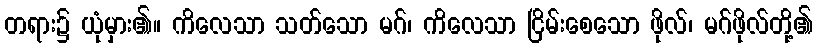
တရား၌ ယုံမှား၏။ ကိလေသာ သတ်သော မဂ်၊ ကိလေသာ ငြိမ်းစေသော ဖိုလ်၊ မဂ်ဖိုလ်တို့၏